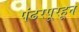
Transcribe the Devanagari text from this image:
पंढरपूरहून